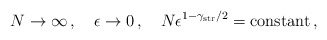
\begin{align*}N\rightarrow\infty\, ,\quad \epsilon\rightarrow 0\, ,\quad N\epsilon^{1-\gamma_{\rm str}/2} = {\rm constant}\, ,\end{align*}